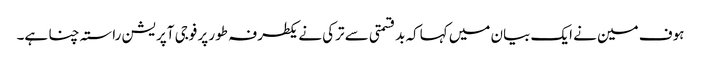
ہوف مین نے ایک بیان میں کہاکہ بدقسمتی سے ترکی نے یکطرفہ طور پر فوجی آپریشن راستہ چنا ہے۔